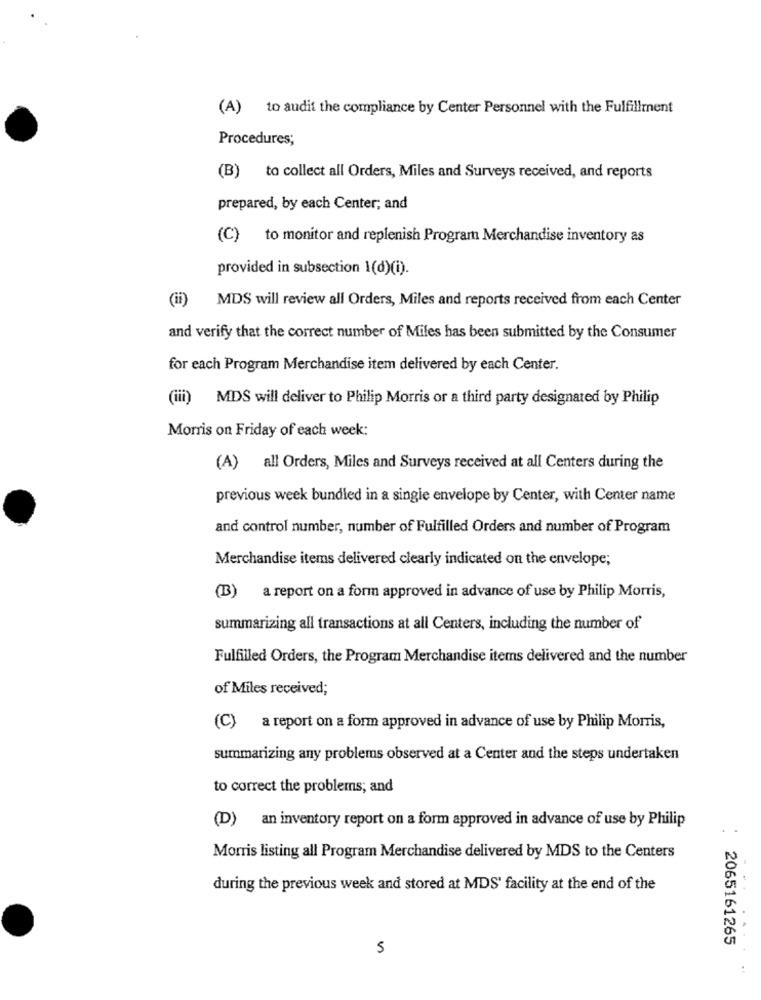
(A) to audit the compliance by Center Personnel with the Fulfillment
Procedures;
(B) to collect all Orders, Miles and Surveys received, and reports
prepared, by each Center; and
(C) to monitor and replenish Program Merchandise inventory as
provided in subsection 1(d)(i).
(ii) MDS will review all Orders, Miles and reports received from each Center
and verify that the correct number of Miles has been submitted by the Consumer
for each Program Merchandise item delivered by each Center.
(iii) MDS will deliver to Philip Morris or a third party designated by Philip
Morris on Friday of each week:
(A) all Orders, Miles and Surveys received at all Centers during the
previous week bundled in a single envelope by Center, with Center name
and control number, number of Fulfilled Orders and number of Program
Merchandise items delivered clearly indicated on the envelope;
(B) a report on a form approved in advance of use by Philip Morris,
summarizing all transactions at all Centers, including the number of
Fulfilled Orders, the Program Merchandise items delivered and the number
of Miles received;
(C) a report on a form approved in advance of use by Philip Morris,
summarizing any problems observed at a Center and the steps undertaken
to correct the problems; and
(D) an inventory report on a form approved in advance of use by Philip
Morris listing all Program Merchandise delivered by MDS to the Centers
during the previous week and stored at MDS' facility at the end of the
. ..
2065161265
5